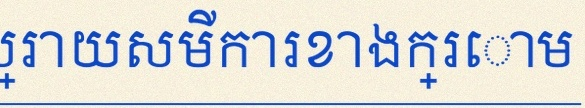
ដោះស្រាយសមីការខាងក្រោម